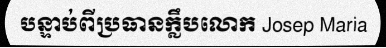
បន្ទាប់ពីប្រធានក្លឹបលោក Josep Maria